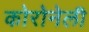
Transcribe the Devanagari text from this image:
कोरोनेली